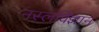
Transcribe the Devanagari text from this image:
नस्लविज्ञान